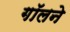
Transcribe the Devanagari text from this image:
गॉलने